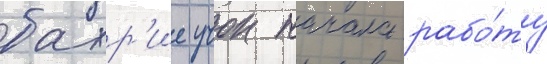
бахр'ие учок начала рабо́ту